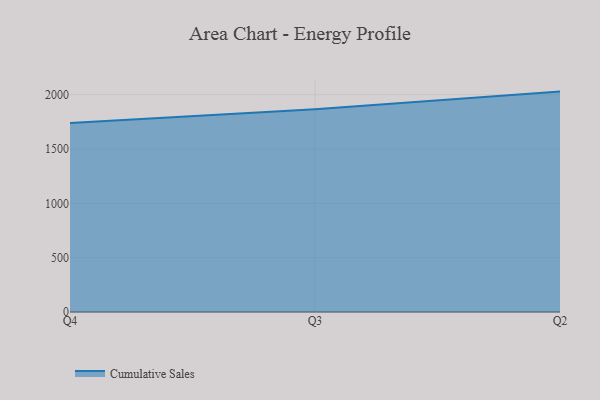
{"axis": {"x": "Quarter", "y": "Waste Production (Tons)"}, "legend": ["Cumulative Sales"], "data": [{"x": "Q4", "y": 1738.9, "type": "Cumulative Sales"}, {"x": "Q3", "y": 1865.7, "type": "Cumulative Sales"}, {"x": "Q2", "y": 2028.5, "type": "Cumulative Sales"}]}